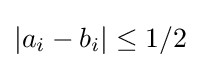
|a_{i}-b_{i}|\leq 1/2